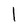
Character: l